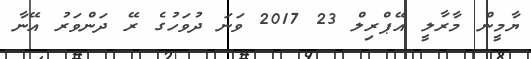
ޔާމީން މާރާލީ އޭޕްރިލް 23 2017 ވަނަ ދުވަހުގެ ރޭ ދަންވަރު އޭނާ